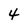
Character: 4